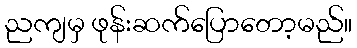
ညကျမှ ဖုန်းဆက်ပြောတော့မည်။